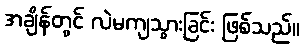
အချိန်တွင် လဲမကျသွားခြင်း ဖြစ်သည်။